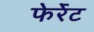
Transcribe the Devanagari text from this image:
फेर्रेट